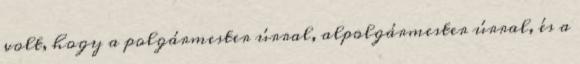
volt, hogy a polgármester úrral, alpolgármester úrral, és a